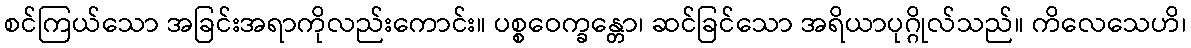
စင်ကြယ်သော အခြင်းအရာကိုလည်းကောင်း။ ပစ္စဝေက္ခန္တော၊ ဆင်ခြင်သော အရိယာပုဂ္ဂိုလ်သည်။ ကိလေသေဟိ၊